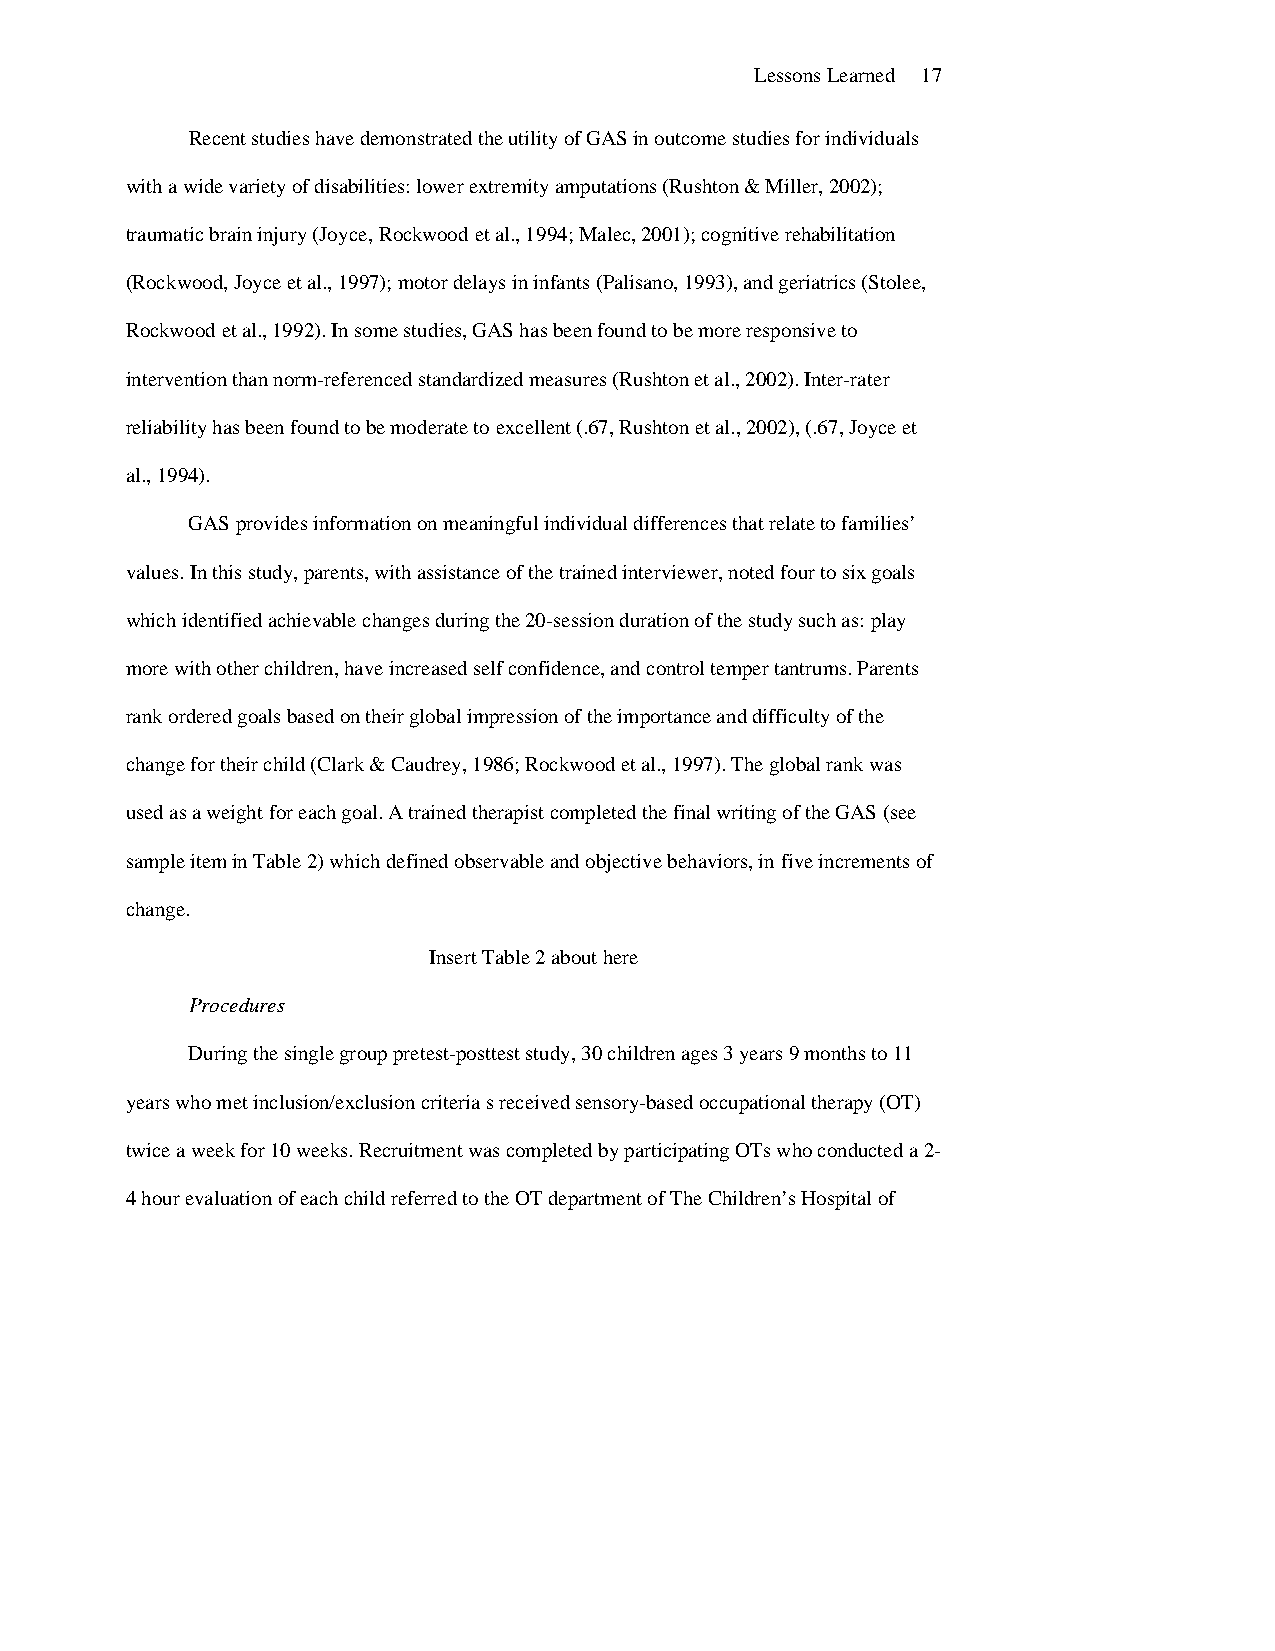
Lessons Learned 17
 Recent studies have demonstrated the utility of GAS in outcome studies for individuals
 with a wide variety of disabilities: lower extremity amputations (Rushton & Miller, 2002);
 traumatic brain injury (Joyce, Rockwood et al., 1994; Malec, 2001); cognitive rehabilitation
 (Rockwood, Joyce et al., 1997); motor delays in infants (Palisano, 1993), and geriatrics (Stolee,
 Rockwood et al., 1992). In some studies, GAS has been found to be more responsive to
 intervention than norm-referenced standardized measures (Rushton et al., 2002). Inter-rater
 reliability has been found to be moderate to excellent (.67, Rushton et al., 2002), (.67, Joyce et
 al., 1994).
 GAS provides information on meaningful individual differences that relate to families’
 values. In this study, parents, with assistance of the trained interviewer, noted four to six goals
 which identified achievable changes during the 20-session duration of the study such as: play
 more with other children, have increased self confidence, and control temper tantrums. Parents
 rank ordered goals based on their global impression of the importance and difficulty of the
 change for their child (Clark & Caudrey, 1986; Rockwood et al., 1997). The global rank was
 used as a weight for each goal. A trained therapist completed the final writing of the GAS (see
 sample item in Table 2) which defined observable and objective behaviors, in five increments of
 change.
 Insert Table 2 about here
 Procedures
 During the single group pretest-posttest study, 30 children ages 3 years 9 months to 11
 years who met inclusion/exclusion criteria s received sensory-based occupational therapy (OT)
 twice a week for 10 weeks. Recruitment was completed by participating OTs who conducted a 2-
 4 hour evaluation of each child referred to the OT department of The Children’s Hospital of